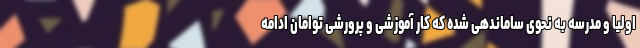
اولیا و مدرسه به نحوی ساماندهی شده که کار آموزشی و پرورشی توامان ادامه